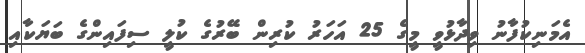
އެމަނިކުފާނު ވިދާޅުވީ މީގެ 25 އަހަރު ކުރިން ބޭރުގެ ކުލީ ސިފައިންގެ ބަޔަކާއި